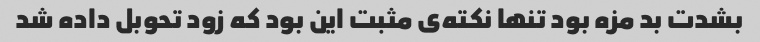
بشدت بد مزه بود تنها نکته‌ی مثبت این بود که زود تحوبل داده شد